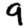
Digit: 9